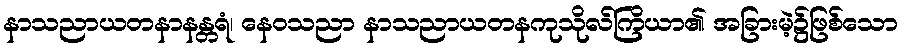
နာသညာယတနာနန္တရံ၊ နေဝသညာ နာသညာယတနကုသိုလ်ကြိယာ၏ အခြားမဲ့၌ဖြစ်သော